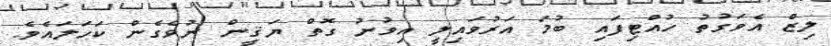
ލިޒް އެވަގުތު ހުއްޓިފައި ބުމަ އަރުވައިލީ އިވުނު ގޮތް ޔަޤީން ނުވެގެން ކަހަލައެވެ.